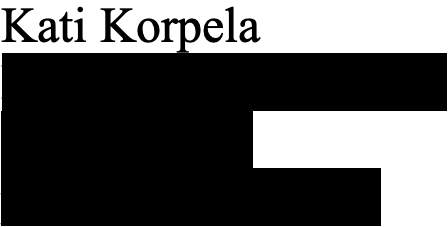
Kati Korpela Maamiehenkatu 11 a3 28500 PORI puh.050 - 4011778